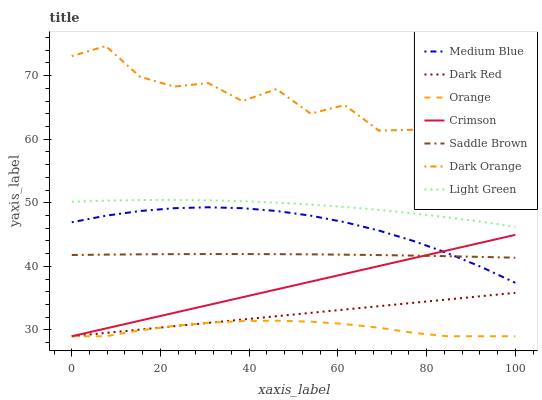
| xaxis_label | Medium Blue | Dark Red | Orange | Crimson | Saddle Brown | Dark Orange | Light Green |
 | --- | --- | --- | --- | --- | --- | --- | --- |
 | 0 | 46.9 | 29 | 29 | 29 | 41.8 | 73.1 | 50.2 |
 | 7.69 | 48 | 29.5 | 29 | 30.2 | 41.8 | 74.7 | 50.3 |
 | 15.4 | 48.7 | 30.1 | 29.9 | 31.5 | 41.9 | 69.8 | 50.4 |
 | 23.1 | 49.1 | 30.6 | 30.6 | 32.7 | 41.9 | 68.3 | 50.4 |
 | 30.8 | 49.3 | 31.1 | 31.1 | 33.9 | 41.9 | 68.8 | 50.4 |
 | 38.5 | 49.1 | 31.6 | 31.4 | 35.1 | 41.9 | 66 | 50.2 |
 | 46.2 | 48.7 | 32.2 | 31.5 | 36.4 | 41.9 | 67.9 | 50 |
 | 53.8 | 48 | 32.7 | 31.3 | 37.6 | 41.9 | 64 | 49.7 |
 | 61.5 | 46.9 | 33.2 | 30.9 | 38.8 | 41.8 | 65.4 | 49.3 |
 | 69.2 | 45.6 | 33.7 | 30.3 | 40 | 41.8 | 61.4 | 48.9 |
 | 76.9 | 44 | 34.3 | 29.5 | 41.3 | 41.7 | 61.5 | 48.3 |
 | 84.6 | 42.1 | 34.8 | 29 | 42.5 | 41.6 | 57.2 | 47.7 |
 | 92.3 | 39.9 | 35.3 | 29 | 43.7 | 41.5 | 55.1 | 47 |
 | 100 | 37.4 | 35.8 | 29 | 44.9 | 41.4 | 56.2 | 46.2 |